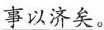
事以济矣。